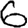
Digit: 6